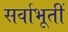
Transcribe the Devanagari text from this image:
सर्वाभूतीं